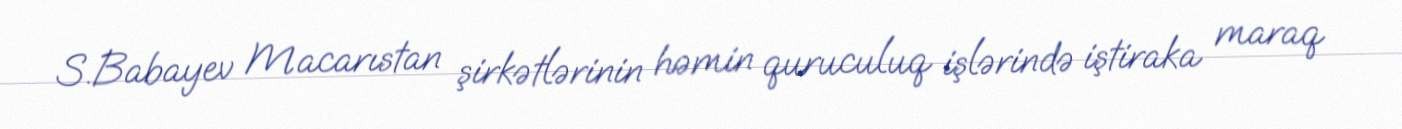
S.Babayev Macarıstan şirkətlərinin həmin quruculuq işlərində iştiraka maraq